Problem: 46 + 27 = ?
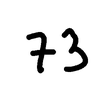
Handwritten answer: 73